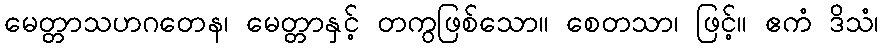
မေတ္တာသဟဂတေန၊ မေတ္တာနှင့် တကွဖြစ်သော။ စေတသာ၊ ဖြင့်။ ဧကံ ဒိသံ၊